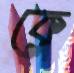
ক্লে